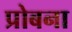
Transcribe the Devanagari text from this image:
प्रोबना